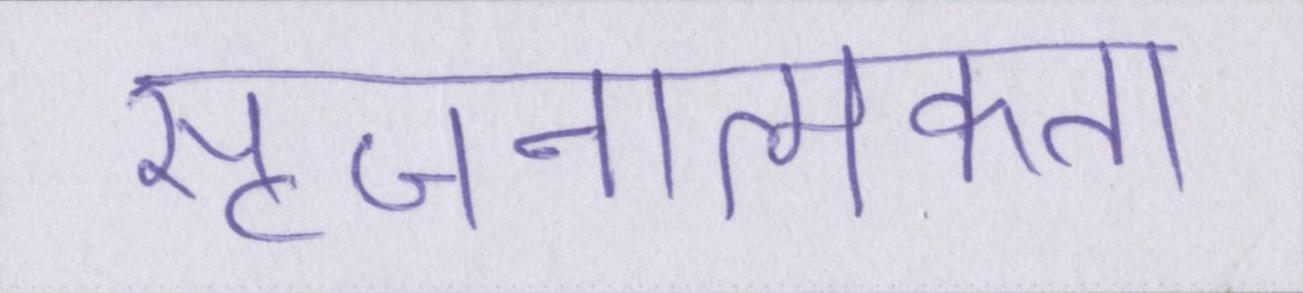
सृजनात्मकता